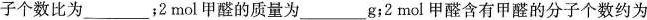
子个数比为___；2mol甲醛的质量为___g；2mol甲醛含有甲醛的分子个数约为